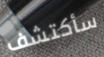
سأكتشف